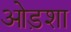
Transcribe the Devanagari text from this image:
ओड़शा